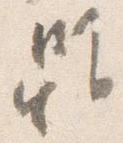
雖